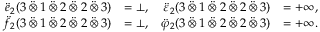
\begin{array} { r l r l } { \ddot { e } _ { 2 } ( 3 \mathbin { \ddot { \otimes } } 1 \mathbin { \ddot { \otimes } } 2 \mathbin { \ddot { \otimes } } 2 \mathbin { \ddot { \otimes } } 3 ) } & { = \bot , } & { \ddot { \varepsilon } _ { 2 } ( 3 \mathbin { \ddot { \otimes } } 1 \mathbin { \ddot { \otimes } } 2 \mathbin { \ddot { \otimes } } 2 \mathbin { \ddot { \otimes } } 3 ) } & { = + \infty , } \\ { \ddot { f } _ { 2 } ( 3 \mathbin { \ddot { \otimes } } 1 \mathbin { \ddot { \otimes } } 2 \mathbin { \ddot { \otimes } } 2 \mathbin { \ddot { \otimes } } 3 ) } & { = \bot , } & { \ddot { \varphi } _ { 2 } ( 3 \mathbin { \ddot { \otimes } } 1 \mathbin { \ddot { \otimes } } 2 \mathbin { \ddot { \otimes } } 2 \mathbin { \ddot { \otimes } } 3 ) } & { = + \infty . } \end{array}